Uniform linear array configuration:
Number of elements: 16
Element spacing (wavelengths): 1
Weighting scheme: binomial
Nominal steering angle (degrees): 60
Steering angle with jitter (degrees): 59.844
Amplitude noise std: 0.05
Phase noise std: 0.05

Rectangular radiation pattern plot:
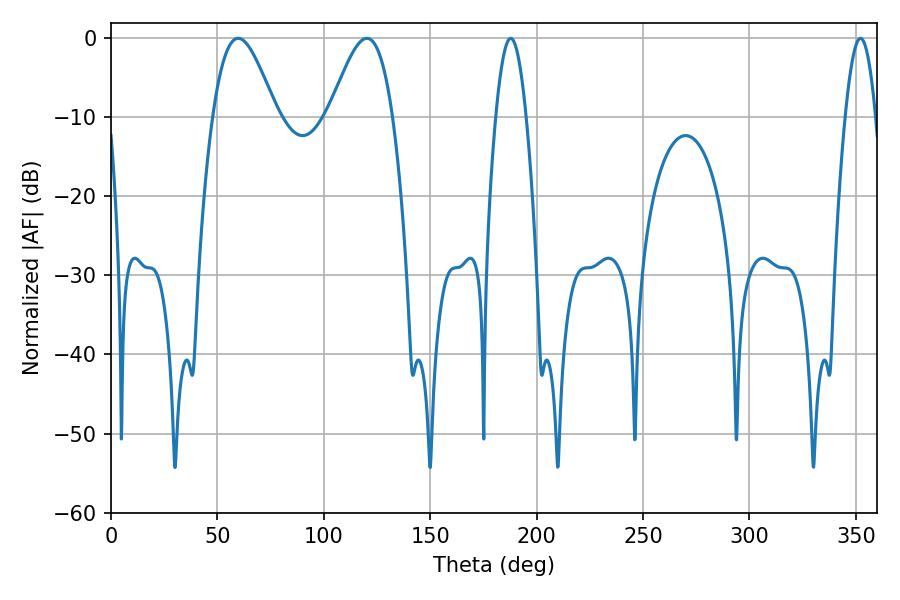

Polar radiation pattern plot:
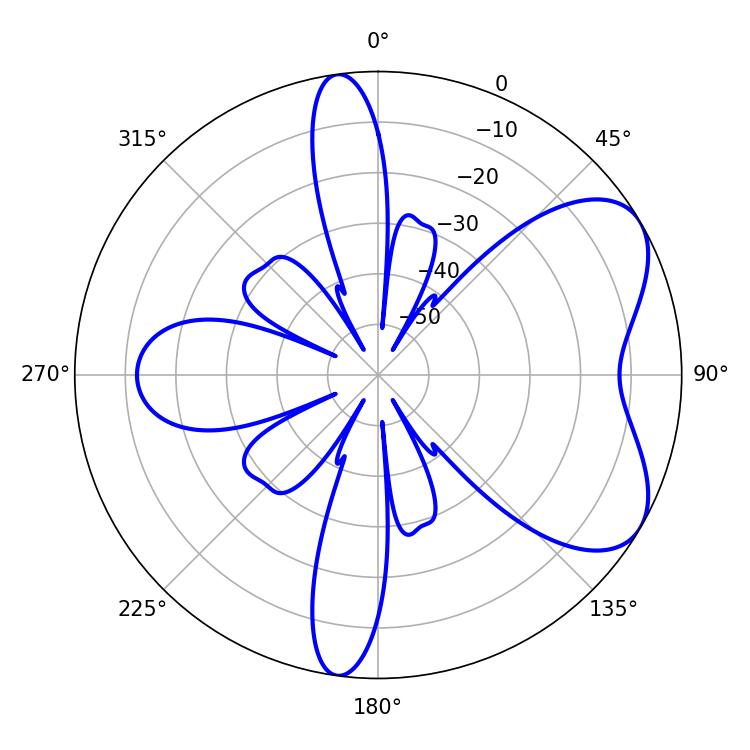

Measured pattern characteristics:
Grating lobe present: TRUE
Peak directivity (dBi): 6.075
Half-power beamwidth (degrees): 16.02
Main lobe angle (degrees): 59.76